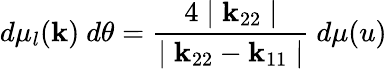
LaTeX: d\mu_{l}(\mathbf{k})~d\theta=\frac{{4\mid\mathbf{k}_{22}\mid}}{{\mid\mathbf{k}_{22}-\mathbf{k}_{11}\mid}}~d\mu(u)